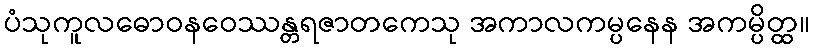
ပံသုကူလဓောဝနဝေဿန္တရဇာတကေသု အကာလကမ္ပနေန အကမ္ပိတ္ထ။